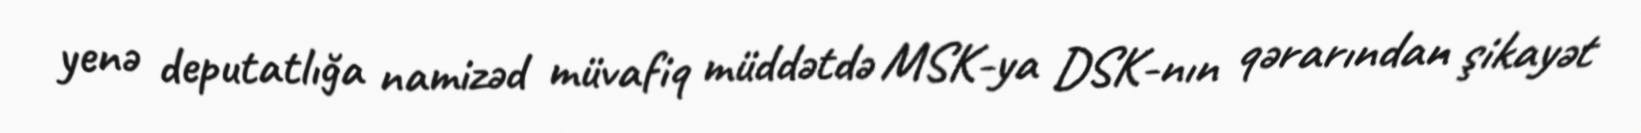
yenə deputatlığa namizəd müvafiq müddətdə MSK-ya DSK-nın qərarından şikayət